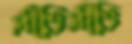
প্রীতিপ্রীতি